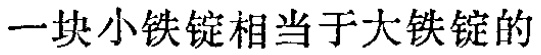
一块小铁锭相当于大铁锭的